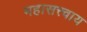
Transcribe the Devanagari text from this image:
महासत्त्वाय